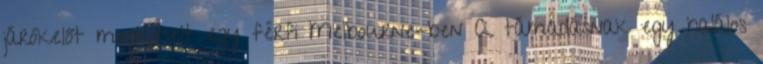
járókelőt megkéselt egy férfi Melbourne-ben A támadásnak egy halálos